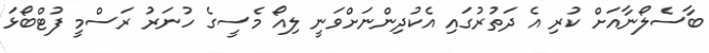
ބާސެލޯނާއަށް ކުރި އެ ދަތުރުގައި އެކުދިންނަށްވަނީ ލިއޯ މެސީގެ ހުނަރު ރަސްމީ ފުޓްބޯޅަ